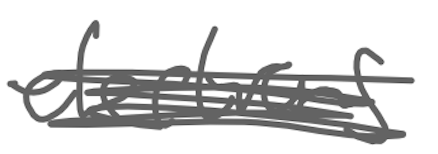
Text: elections
Cross-out: scratch
Writing tool: digital_gray